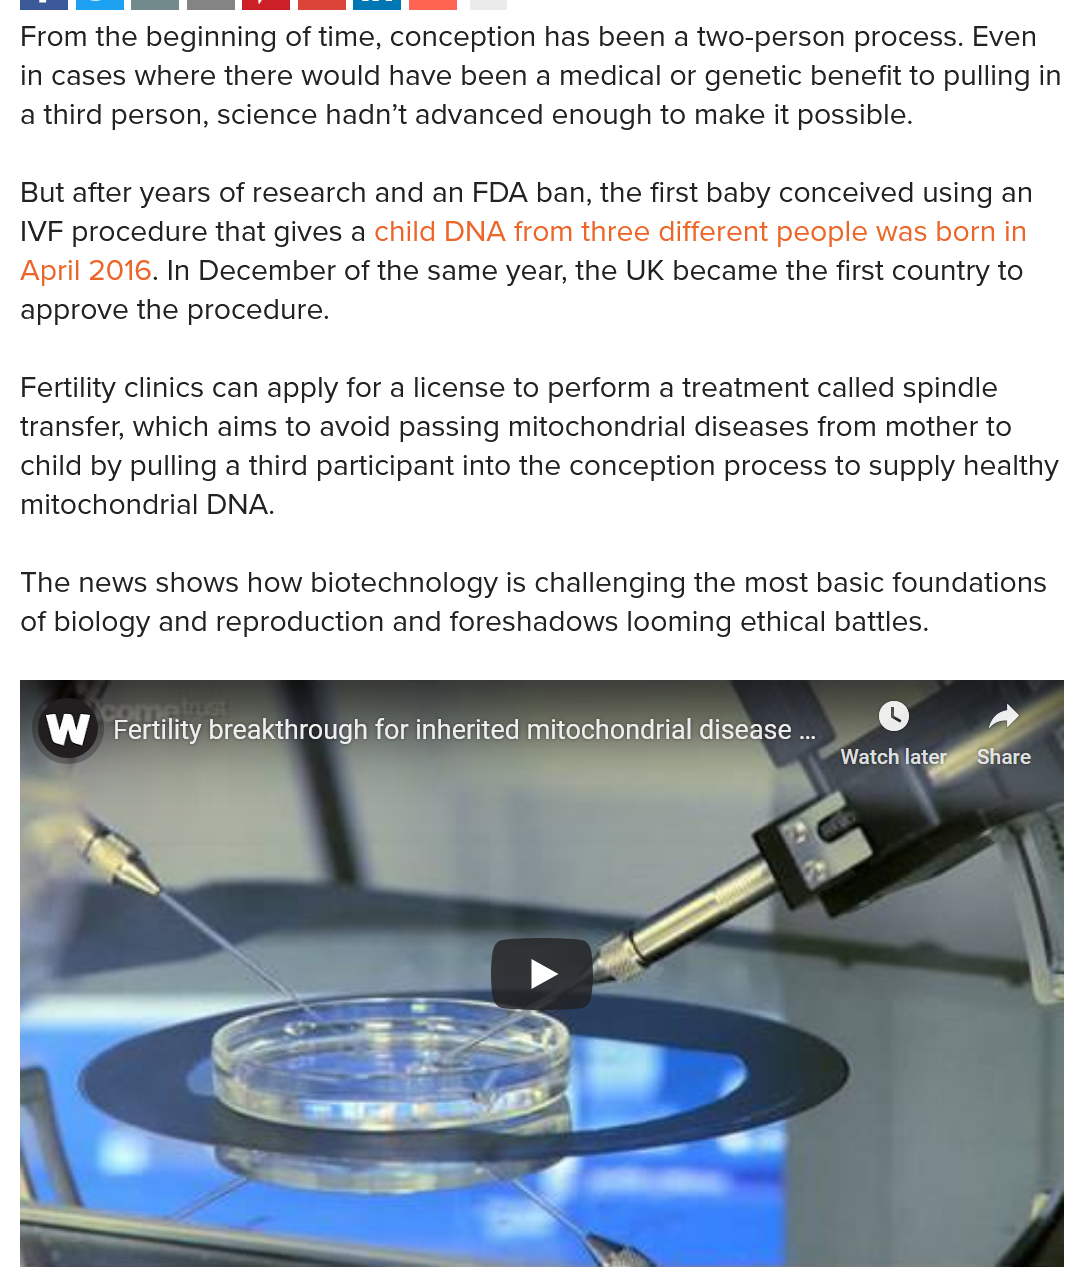
Fertility breakthrough for inherited mitochondrial disease ...
     AWE Tern elo Share
     aes
  The news shows how biotechnology is challenging the most basic foundations
  of biology and reproduction and foreshadows looming ethical battles.
  But after years of research and an FDA ban, the first baby conceived using an
  IVF procedure that gives a child DNA from three different people was born in
  April 2016. In December of the same year, the UK became the first country to
  approve the procedure.
  From the beginning of time, conception has been a two-person process. Even
  in cases where there would have been a medical or genetic benefit to pulling in
  a third person, science hadn’t advanced enough to make it possible.
  Fertility clinics can apply for a license to perform a treatment called spindle
  transfer, which aims to avoid passing mitochondrial diseases from mother to
  child by pulling a third participant into the conception process to supply healthy
  mitochondrial DNA.

    W   Fertility breakthrough for inherited mitochondrial disease ...
     A    2
     Eicon} cs Share